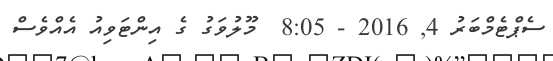
ސެޕްޓެމްބަރު 4